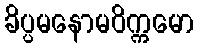
ခိပ္ပမနောမဝိက္ကမော